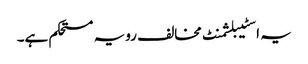
یہ اسٹیبلشمنٹ مخالف رویہ مستحکم ہے۔